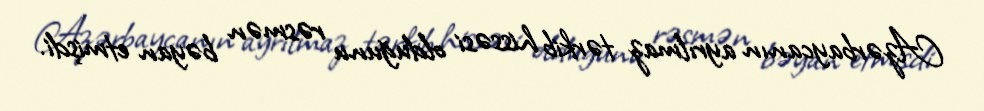
Azərbaycanın ayrılmaz tərkib hissəsi olduğunu rəsmən bəyan etmişdi.